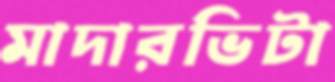
মাদারভিটা